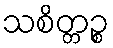
သစိတ္တဉ္စ